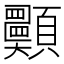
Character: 𩖈